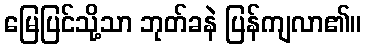
မြေပြင်သို့သာ ဘုတ်ခနဲ ပြန်ကျလာ၏။